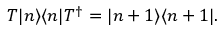
T | n \rangle \langle n | T ^ { \dagger } = | n + 1 \rangle \langle n + 1 | .